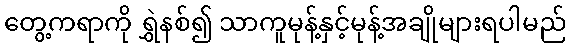
တွေ့ကရာကို ရွှဲနစ်၍ သာကူမုန့်နှင့်မုန့်အချိုများရပါမည်